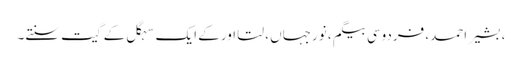
، بشیر احمد، فردوسی بیگم ، نورجہاں ، لتا اور کے ایک سہگل کے گیت سنتے۔